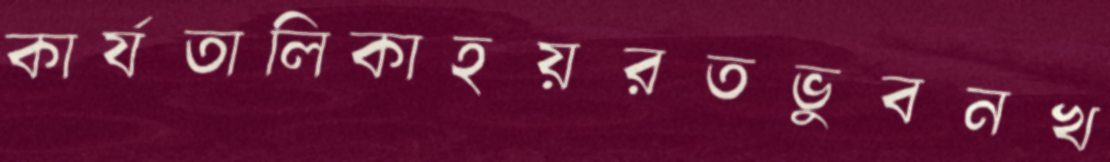
কার্যতালিকাহয়রতভুবনখ